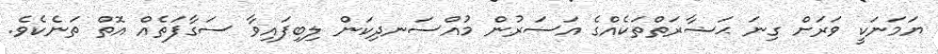
ޔަމަނަކީ ވަރަށް ގިނަ ޙަޟާރަތްތަކެއްގެ އަސަރުން މުއްސަނދިކަން ލިބިފައިވާ ސަގާފަތެއް އޮތް ތަނެކެވެ.